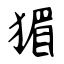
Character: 猸